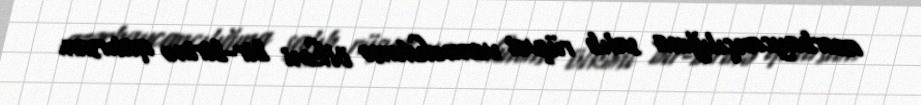
azərbaycançılığına salıb rüşvət verməkdənsə ölkəni bir-birinə qatırsan.